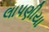
લાપણીયા